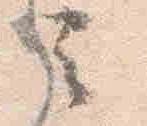
云